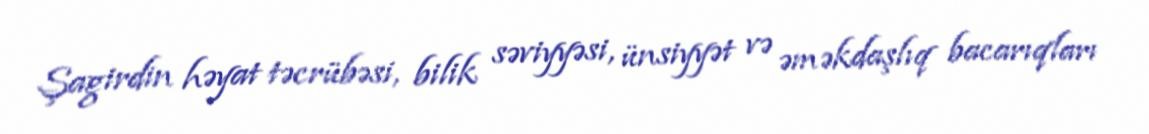
Şagirdin həyat təcrübəsi, bilik səviyyəsi, ünsiyyət və əməkdaşlıq bacarıqları